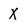
Character: X